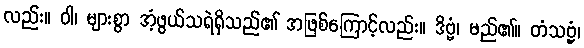
လည်း။ ဝါ၊ များစွာ အံ့ဖွယ်သရဲရှိသည်၏ အဖြစ်ကြောင့်လည်း။ ဒိဗ္ဗံ၊ မည်၏။ တံသဗ္ဗံ၊